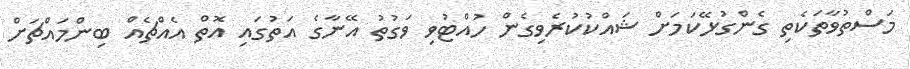
މަސްތުވާތަކެތި ގެންގުޅޭކަމަށް ޝައްކުކުރެވިގެން ހުއްޓުވި ވަގުތު އޭނާގެ އަތުގައި އޮތް އެއްޗެއް ބިންމައްޗަށް